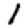
Digit: 1